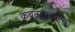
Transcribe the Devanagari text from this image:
कबुतारासारखी